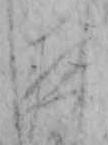
夜